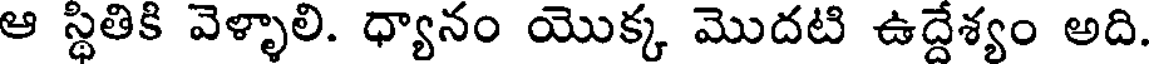
ఆ స్థితికి వెళ్ళాలి. ధ్యానం యొక్క మొదటి ఉద్దేశ్యం అది.